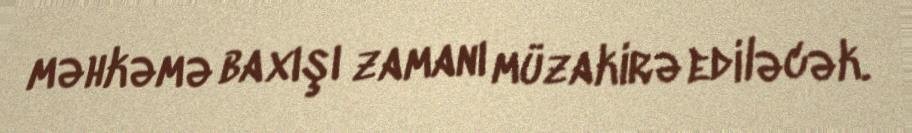
məhkəmə baxışı zamanı müzakirə ediləcək.